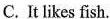
C. It likes fish.